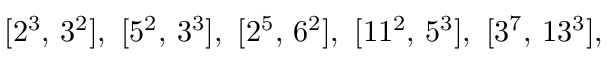
[ 2 ^ { 3 } , \, 3 ^ { 2 } ] , \ [ 5 ^ { 2 } , \, 3 ^ { 3 } ] , \ [ 2 ^ { 5 } , \, 6 ^ { 2 } ] , \ [ 1 1 ^ { 2 } , \, 5 ^ { 3 } ] , \ [ 3 ^ { 7 } , \, 1 3 ^ { 3 } ] ,